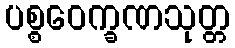
ပစ္စဝေက္ခဏသုတ္တ